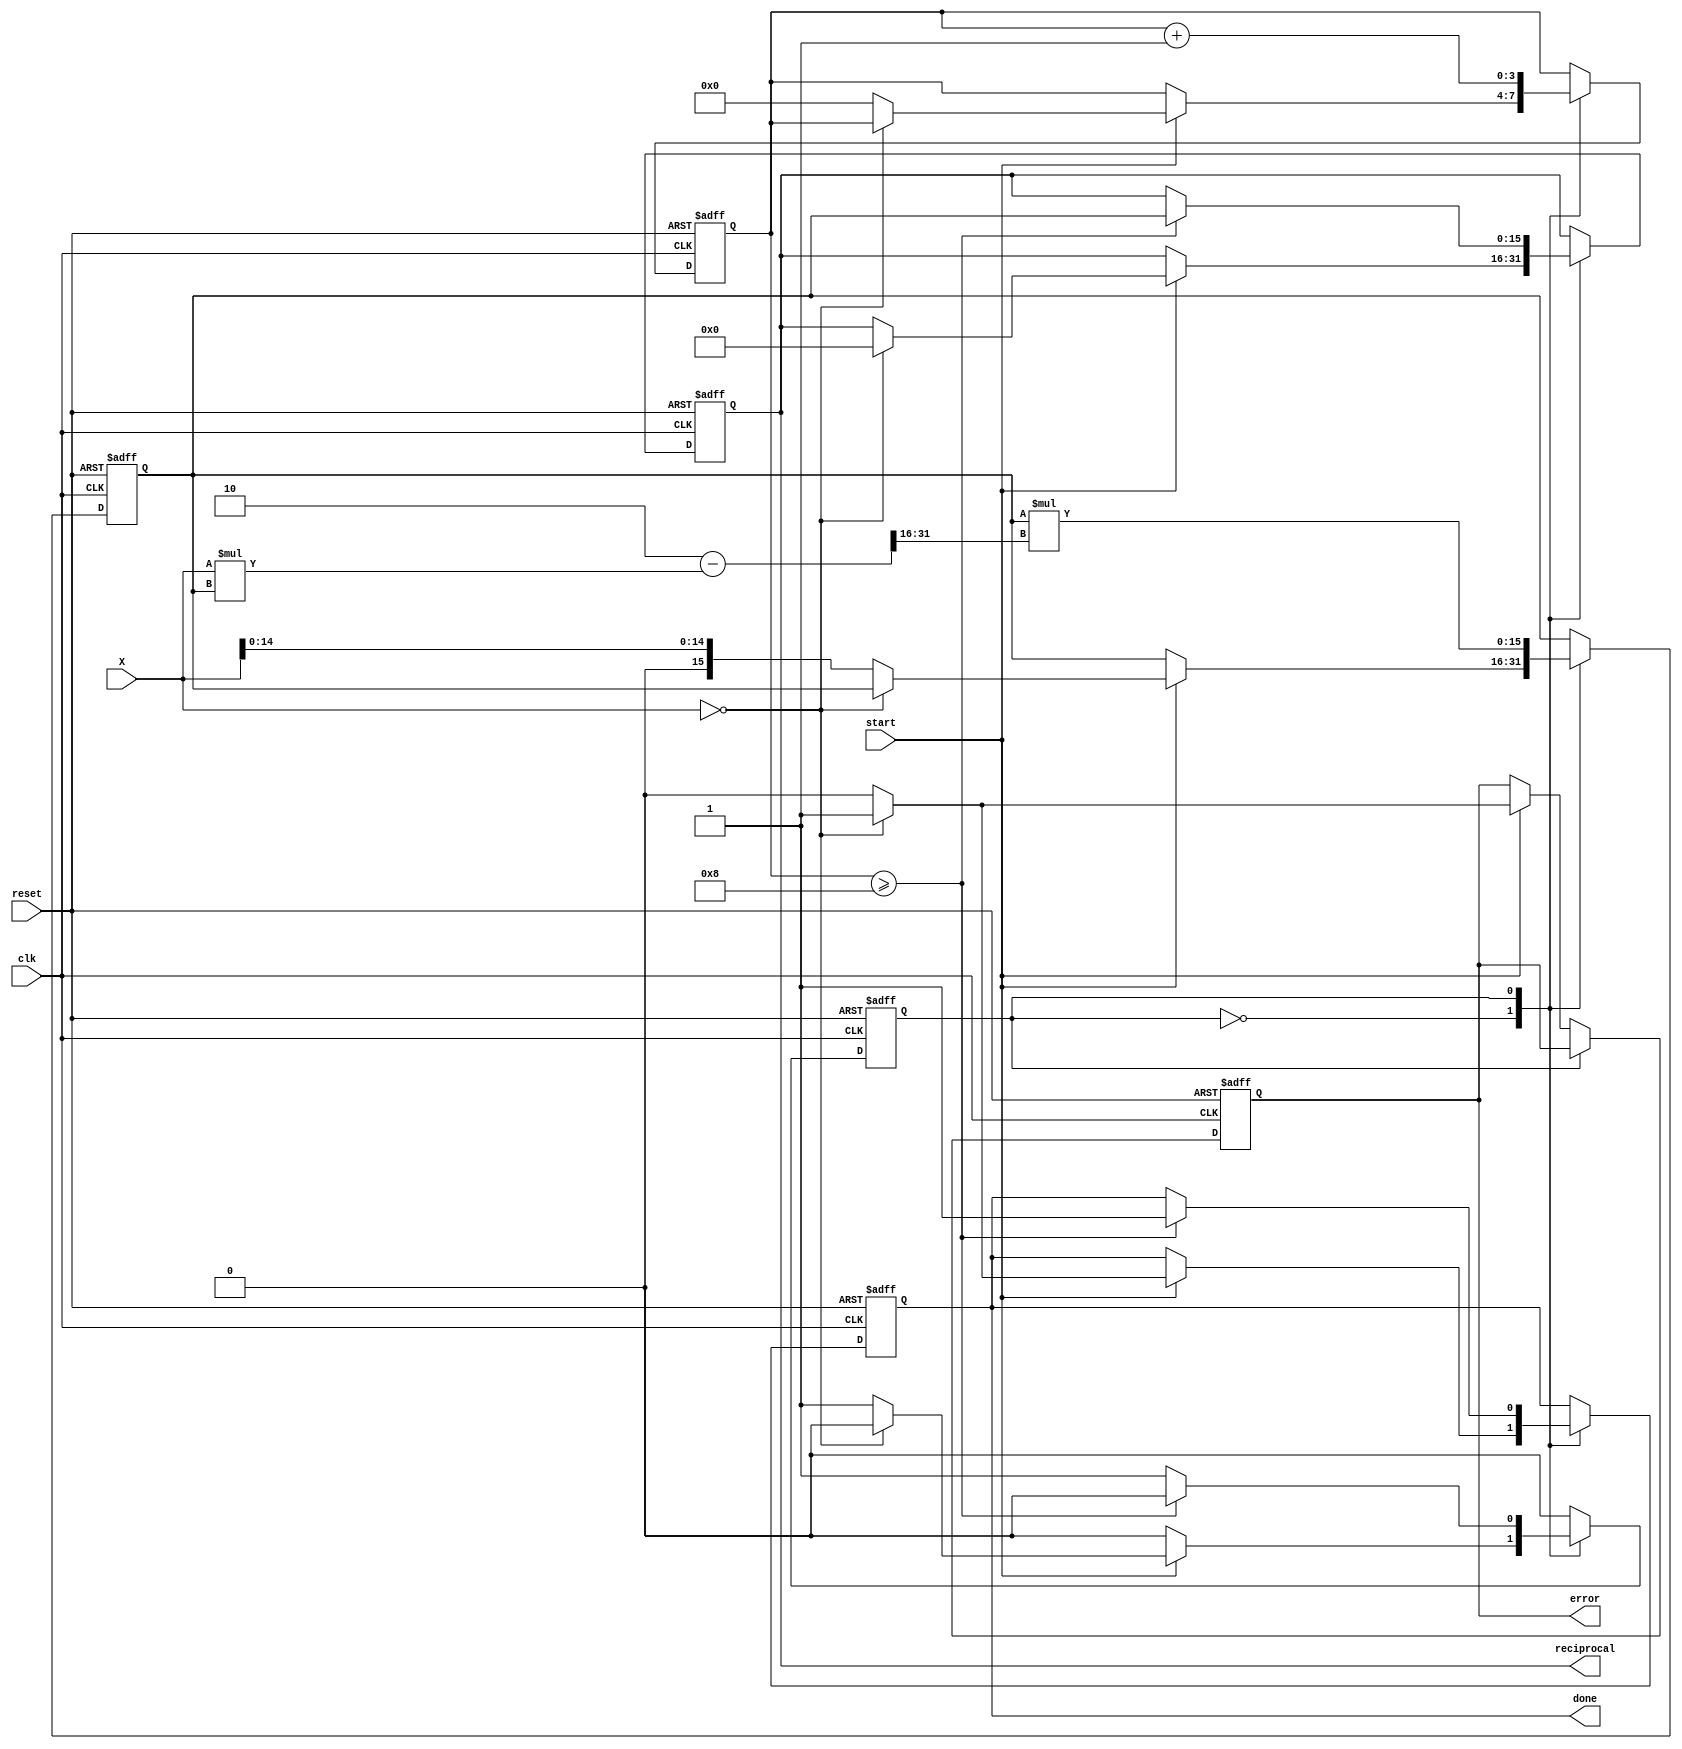
module reciprocal_unit #(
    parameter WIDTH = 16, // Bit-width of input
    parameter MAX_ITER = 8 // Number of iterations for Newton-Raphson
)(
    input wire clk,
    input wire reset,
    input wire start,
    input wire [WIDTH-1:0] X, // Input value
    output reg [WIDTH-1:0] reciprocal, // Output reciprocal value
    output reg done, // Indicate completion
    output reg error // Indicate error (division by zero)
);

    reg [WIDTH-1:0] current_approx;
    reg [3:0] iter_count; // Iteration counter
    reg state; // FSM state

    localparam IDLE        = 1'b0;
    localparam COMPUTE     = 1'b1;

    // Initialize outputs and states
    always @(posedge clk or posedge reset) begin
        if (reset) begin
            reciprocal <= 0;
            done <= 0;
            error <= 0;
            current_approx <= 0;
            iter_count <= 0;
            state <= IDLE;
        end else begin
            case (state)
                IDLE: begin
                    if (start) begin
                        if (X == 0) begin // Check for division by zero
                            error <= 1;
                            reciprocal <= 0; // or set to a predefined value
                            done <= 1;
                        end else begin
                            error <= 0;
                            current_approx <= {1'b0, X[WIDTH-2:0]}; // Initial approximation (1/X)
                            iter_count <= 0;
                            done <= 0;
                            state <= COMPUTE; // Transition to compute state
                        end
                    end
                end

                COMPUTE: begin
                    // Newton-Raphson iteration: x_{n+1} = x_n * (2 - X * x_n)
                    current_approx <= current_approx * (2 - (X * current_approx) >> (WIDTH)); // right shift for scaling
                    iter_count <= iter_count + 1;

                    if (iter_count >= MAX_ITER) begin
                        reciprocal <= current_approx;
                        done <= 1;
                        state <= IDLE; // Go back to idle state
                    end
                end

                default: begin
                    state <= IDLE; // Default state
                end
            endcase
        end
    end
endmodule